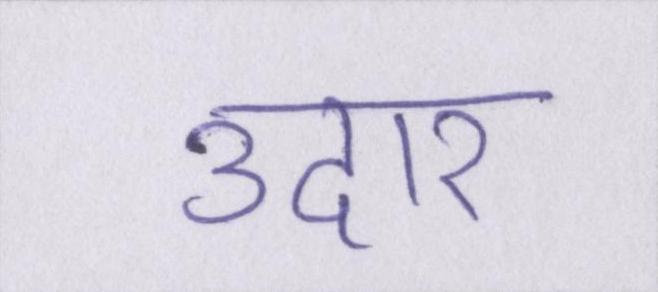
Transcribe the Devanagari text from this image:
उदार